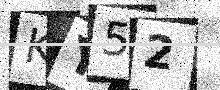
Text: KY52